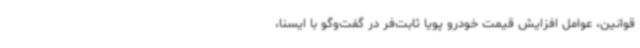
قوانین، عوامل افزایش قیمت خودرو پویا ثابت‌فر در گفت‌وگو با ایسنا،